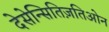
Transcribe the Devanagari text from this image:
देसेन्सितिज़तिओन